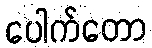
ပေါက်တော